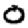
Digit: 0